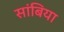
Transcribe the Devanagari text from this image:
सांबिया